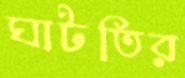
ঘাটতির